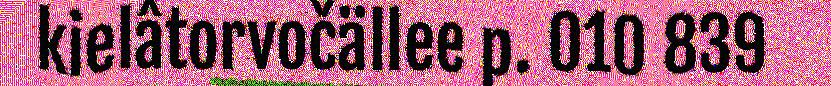
kielâtorvočällee p. 010 839